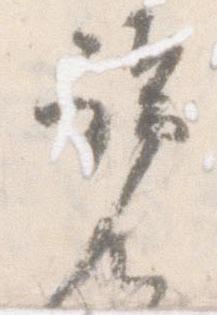
覧